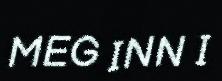
MEG INN I